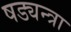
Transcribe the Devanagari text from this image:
षड्यन्त्रा